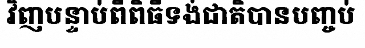
វិញបន្ទាប់ពីពិធីទង់ជាតិបានបញ្ចប់